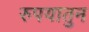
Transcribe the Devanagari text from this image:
रुपयातुन